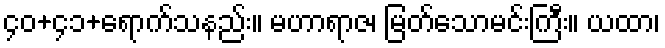
၄၀+၄၁+ရောက်သနည်း။ မဟာရာဇ၊ မြတ်သောမင်းကြီး။ ယထာ၊